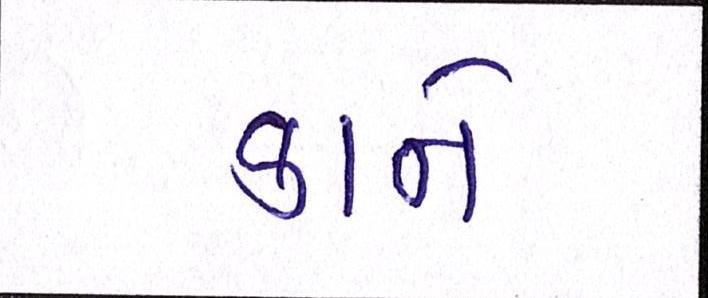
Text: કાને